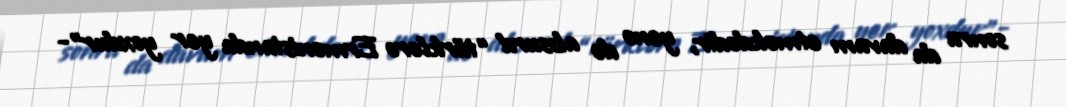
sonra da davam etməkdədir, yenə də absurd “türklərə Ermənistanda yer yoxdur”-